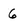
Character: 6